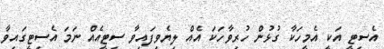
އެސިޓީ އަކީ އެމީހަކާ ގުޅުން ހުރިވާހަކަ އެއް ލިޔެވިފައިވާ ސިޓީއެއް ނަމަ އެސިޓީގައިވާ